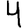
Digit: 4